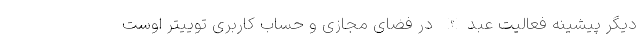
دیگر پیشینه فعالیت عبدالله در فضای مجازی و حساب کاربری توییتر اوست